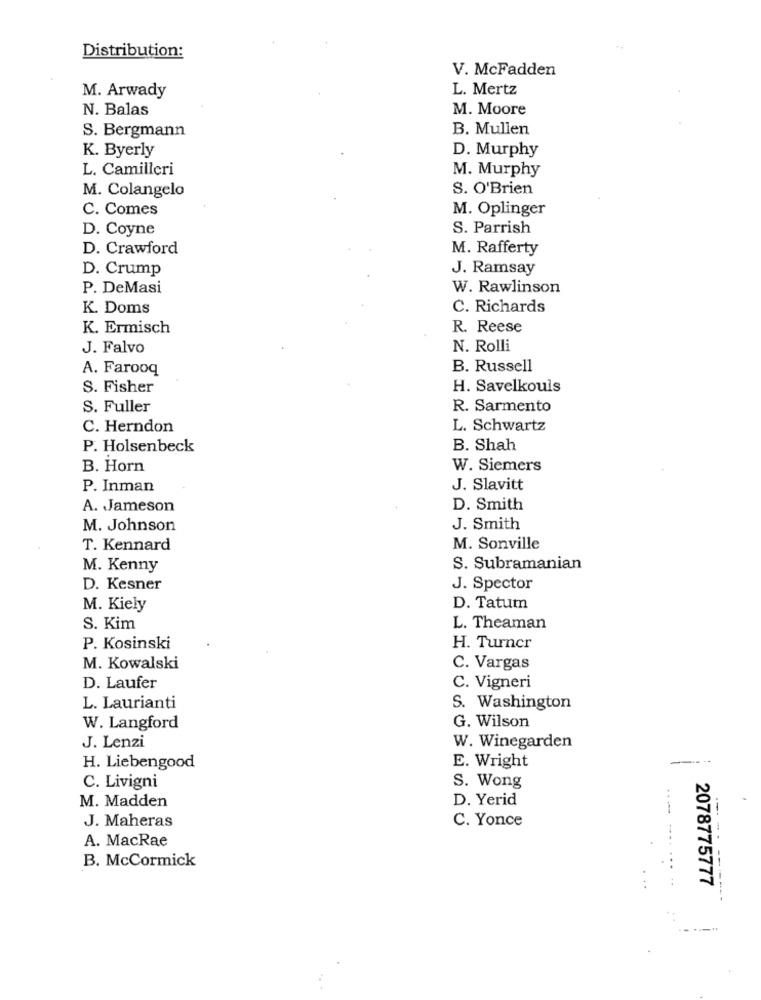
Distribution:
V. McFadden
M. Arwady
L. Mertz
N. Balas
M. Moore
S. Bergmann
B. Mullen
K. Byerly
D. Murphy
L. Camilleri
M. Murphy
M. Colangelo
S. O'Brien
C. Comes
M. Oplinger
D. Coyne
S. Parrish
D. Crawford
M. Rafferty
D. Crump
J. Ramsay
P. DeMasi
W. Rawlinson
K. Doms
C. Richards
K. Ermisch
R. Reese
J. Falvo
N. Rolli
A. Farooq
B. Russell
S. Fisher
H. Savelkouls
S. Fuller
R. Sarmento
C. Herndon
L. Schwartz
P. Holsenbeck
B. Shah
B. Horn
W. Siemers
P. Inman
J. Slavitt
A. Jameson
D. Smith
M. Johnson
J. Smith
T. Kennard
M. Sonville
M. Kenny
S. Subramanian
D. Kesner
J. Spector
M. Kiely
D. Tatum
S. Kim
L. Theaman
P. Kosinski
H. Turner
M. Kowalski
C. Vargas
D. Laufer
C. Vigneri
L. Laurianti
S. Washington
W. Langford
G. Wilson
J. Lenzi
W. Winegarden
...
H. Liebengood
E. Wright
C. Livigni
S. Wong
M. Madden
D. Yerid
---
J. Maheras
C. Yonce
A. MacRae
-.
B. McCormick
2078775777